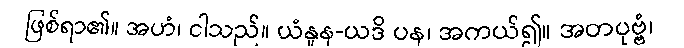
ဖြစ်ရာ၏။ အဟံ၊ ငါသည်။ ယံနူန-ယဒိ ပန၊ အကယ်၍။ အတပုဗ္ဗံ၊